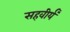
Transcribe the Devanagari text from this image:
सहवीर्यं